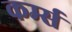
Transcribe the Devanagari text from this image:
कर्म्स